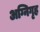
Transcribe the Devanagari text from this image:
अग्निगृह